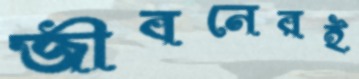
জীবনেরই